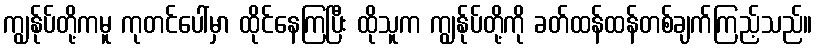
ကျွန်ုပ်တို့ကမူ ကုတင်ပေါ်မှာ ထိုင်နေကြပြီး ထိုသူက ကျွန်ုပ်တို့ကို ခတ်ထန်ထန်တစ်ချက်ကြည့်သည်။